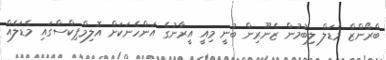
ބްރޯންޒް މެޑަލް ލިބުމުން ޒެނޫރިން ބުނީ މިއީ އީރާނުގެ އަންހެނަކަށް އޮލިމްޕިކްސްގައި މެޑަލެއް